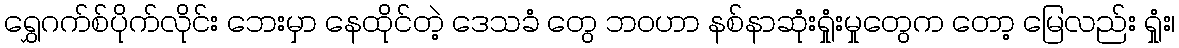
ရွှေဂက်စ်ပိုက်လိုင်း ဘေးမှာ နေထိုင်တဲ့ ဒေသခံ တွေ ဘဝဟာ နစ်နာဆုံးရှုံးမှုတွေက တော့ မြေလည်း ရှုံး၊